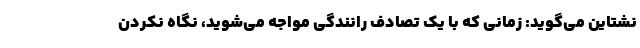
نشتاین می‌گوید: زمانی که با یک تصادف رانندگی مواجه می‌شوید، نگاه نکردن